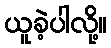
ယူခဲ့ပါလို့။